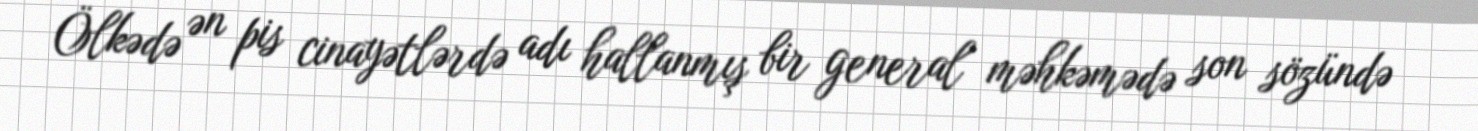
Ölkədə ən pis cinayətlərdə adı hallanmış bir general məhkəmədə son sözündə